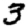
Digit: 3